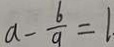
a - \frac { b } { g } = 1 .